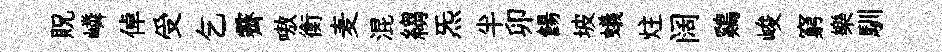
貺嶙倬受乞霽嗷衡麦混縐炁半卯餳坡蟻炷阔鷄峻窮樂馴